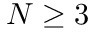
N \geq 3